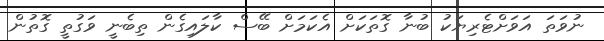
ނުވަތަ އަވަށްޓެރިޔަކު ބުނާ ގޮތަކަށް އެކަމަށް ބޭސް ކާލައިގެން ތިބެނީ ވަގުތީ ގޮތުން